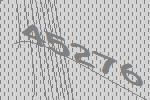
45276